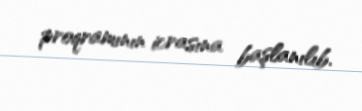
proqramının icrasına başlanılıb.